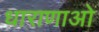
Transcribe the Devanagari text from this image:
धाराणाओं